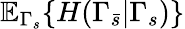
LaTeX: \mathbb{E}_{\Gamma_{s}}\{ H(\Gamma_{\bar{s}}|\Gamma_{s})\}